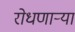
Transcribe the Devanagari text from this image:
रोधणाऱ्या